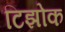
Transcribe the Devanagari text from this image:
टिझोक